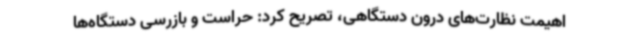
اهیمت نظارت‌های درون دستگاهی، تصریح کرد: حراست و بازرسی دستگاه‌ها